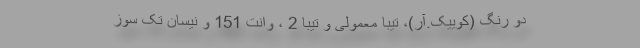
دو رنگ (کوییک.آر)، تیبا معمولی و تیبا 2 ، وانت 151 و نیسان تک سوز